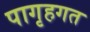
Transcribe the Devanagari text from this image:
पागृहगत